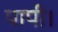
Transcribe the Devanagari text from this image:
पापी।